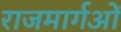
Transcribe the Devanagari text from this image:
राजमार्गओं